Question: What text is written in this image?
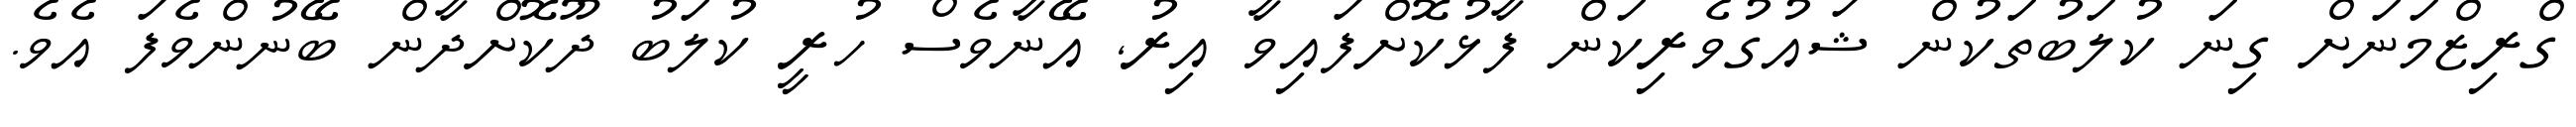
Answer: ގްރިޒްމަނަށް ގިނަ ކުލަބުތަކުން ޝައުގުވެރިކަން ފާޅުކޮށްފައިވާ އިރު, އޭނާވެސް ހުރީ ކުލަބު ދޫކޮށްދާން ބޭނުންވެފަ އެވެ.